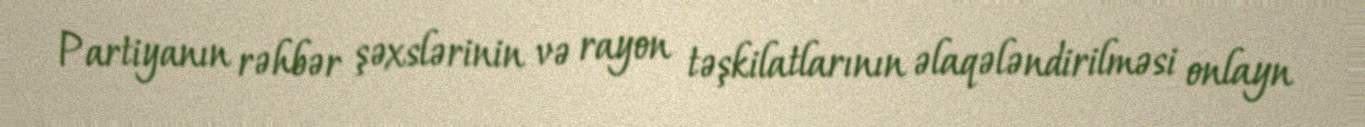
Partiyanın rəhbər şəxslərinin və rayon təşkilatlarının əlaqələndirilməsi onlayn